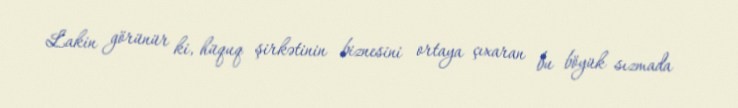
Lakin görünür ki, hüquq şirkətinin biznesini ortaya çıxaran bu böyük sızmada